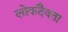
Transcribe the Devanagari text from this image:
लोकदैवता